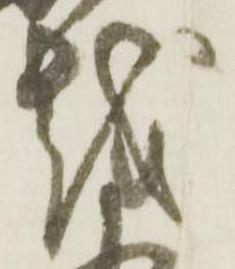
越